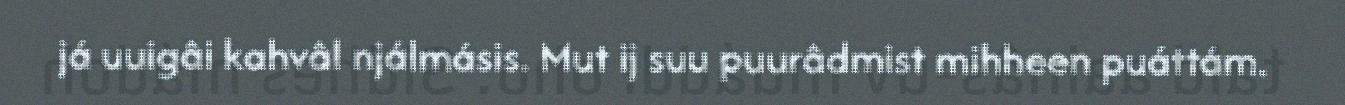
já uuigâi kahvâl njálmásis. Mut ij suu puurâdmist mihheen puáttám.